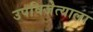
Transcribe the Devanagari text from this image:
उपविजेत्याला